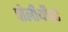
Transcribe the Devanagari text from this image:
पोलीथीस्ट